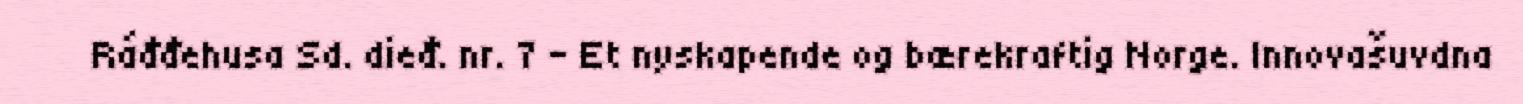
Ráđđehusa Sd. dieđ. nr. 7 - Et nyskapende og bærekraftig Norge. Innovašuvdna